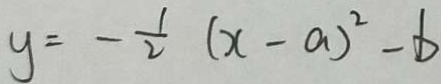
y = - \frac { 1 } { 2 } ( x - a ) ^ { 2 } - b